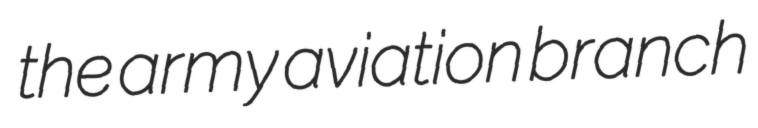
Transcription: the army aviation branch